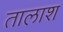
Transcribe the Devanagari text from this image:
तालाश